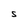
Character: S